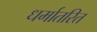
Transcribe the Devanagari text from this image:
धर्मातरित